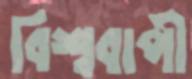
বিশ্ববাপী